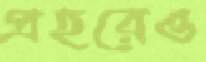
প্রহরেও